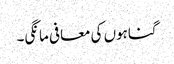
گناہوں کی معافی مانگی۔